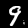
Label: 9